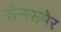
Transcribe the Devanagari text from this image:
जैलसमेर